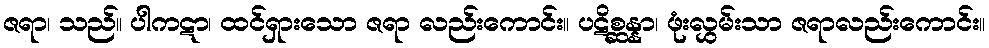
ဇရာ၊ သည်။ ပါကဋာ၊ ထင်ရှားသော ဇရာ လည်းကောင်း။ ပဋိစ္ဆန္နာ၊ ဖုံးလွှမ်းသာ ဇရာလည်းကောင်း။